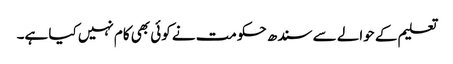
تعلیم کے حوالے سے سندھ حکومت نے کوئی بھی کام نہیں کیا ہے۔